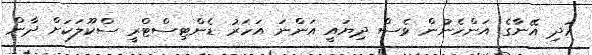
އަދި އޭނާގެ އަންހެނުން ވެސް ދިޔައީ އަންނަ އަހަރު ޑެންޓިސްޓްރީ ސްކޫލަކަށް ދާން